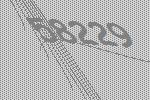
58229